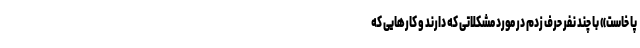
پا خاست» با چند نفر حرف زدم در مورد مشکلاتی که دارند و کارهایی که